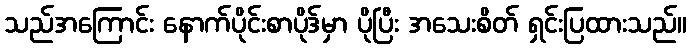
သည်အကြောင်း နောက်ပိုင်းစာပိုဒ်မှာ ပိုပြီး အသေးစိတ် ရှင်းပြထားသည်။